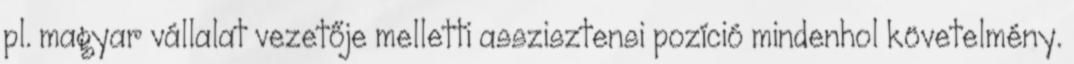
pl. magyar vállalat vezetője melletti asszisztensi pozíció mindenhol követelmény.